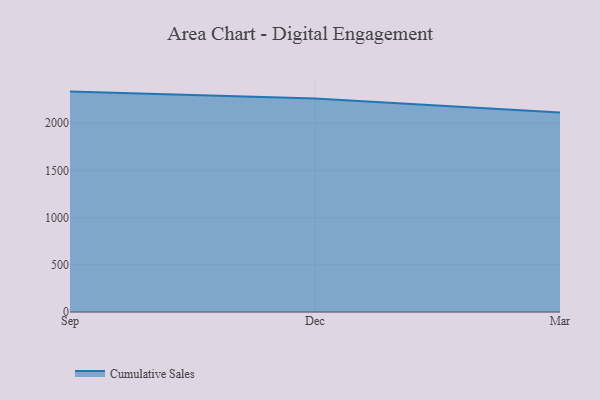
{"axis": {"x": "Month", "y": "Revenue (USD Million)"}, "legend": ["Cumulative Sales"], "data": [{"x": "Sep", "y": 2335.2, "type": "Cumulative Sales"}, {"x": "Dec", "y": 2262.6, "type": "Cumulative Sales"}, {"x": "Mar", "y": 2114.8, "type": "Cumulative Sales"}]}